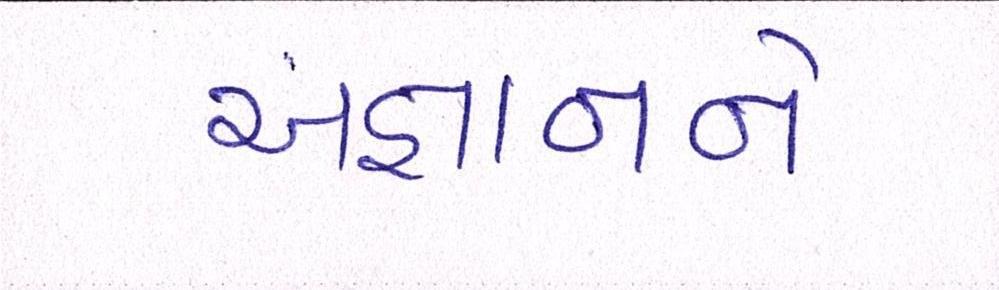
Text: અજ્ઞાનને